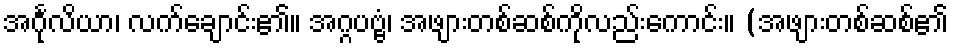
အင်္ဂုလိယာ၊ လက်ချောင်း၏။ အဂ္ဂပဗ္ဗံ၊ အဖျားတစ်ဆစ်ကိုလည်းကောင်း။ (အဖျားတစ်ဆစ်၏